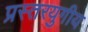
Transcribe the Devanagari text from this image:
प्रस्तरयुगीय